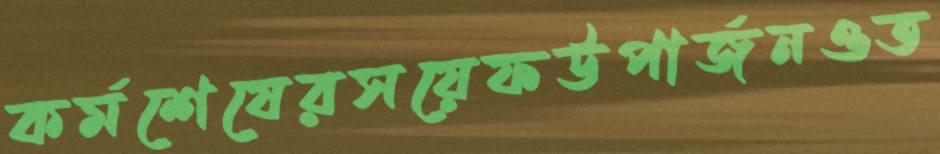
কর্মশেষেরসয়েফউপার্জনওত